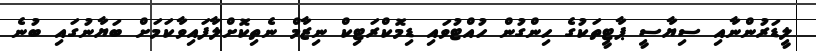
ލީޑަރުންނާއި ސިޔާސީ ޕާޓީތަކުގެ ހިންގުން ހުއްޓުވައި ޑިމޮކްރަޓިކް ނިޒާމް ނެތިކޮށްލާފައިވާކަމަށް ބަޔާނުގައި ބުނެ